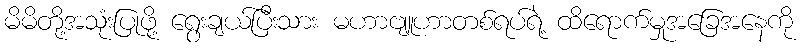
မိမိတို့အသုံးပြုဖို့ ရွေးချယ်ပြီးသား မဟာဗျူဟာတစ်ရပ်ရဲ့ ထိရောက်မှုအခြေအနေကို